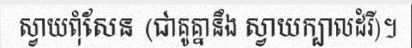
ស្វាយពុំសែន (ជាគូគ្នានឹង ស្វាយក្បាលដំរី)។